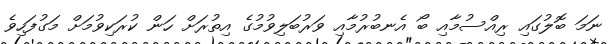
ނަމަ ބޮލުގައި ރިއްސުމާއި ބޯ އެނބުރުމާއި ވަރުބަލިވުމުގެ އިތުރަށް ހަން ކުރަކިވުމަށް މަގުފަހިވެ